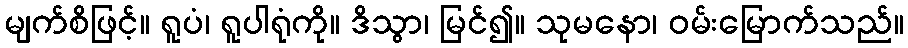
မျက်စိဖြင့်။ ရူပံ၊ ရူပါရုံကို။ ဒိသွာ၊ မြင်၍။ သုမနော၊ ဝမ်းမြောက်သည်။